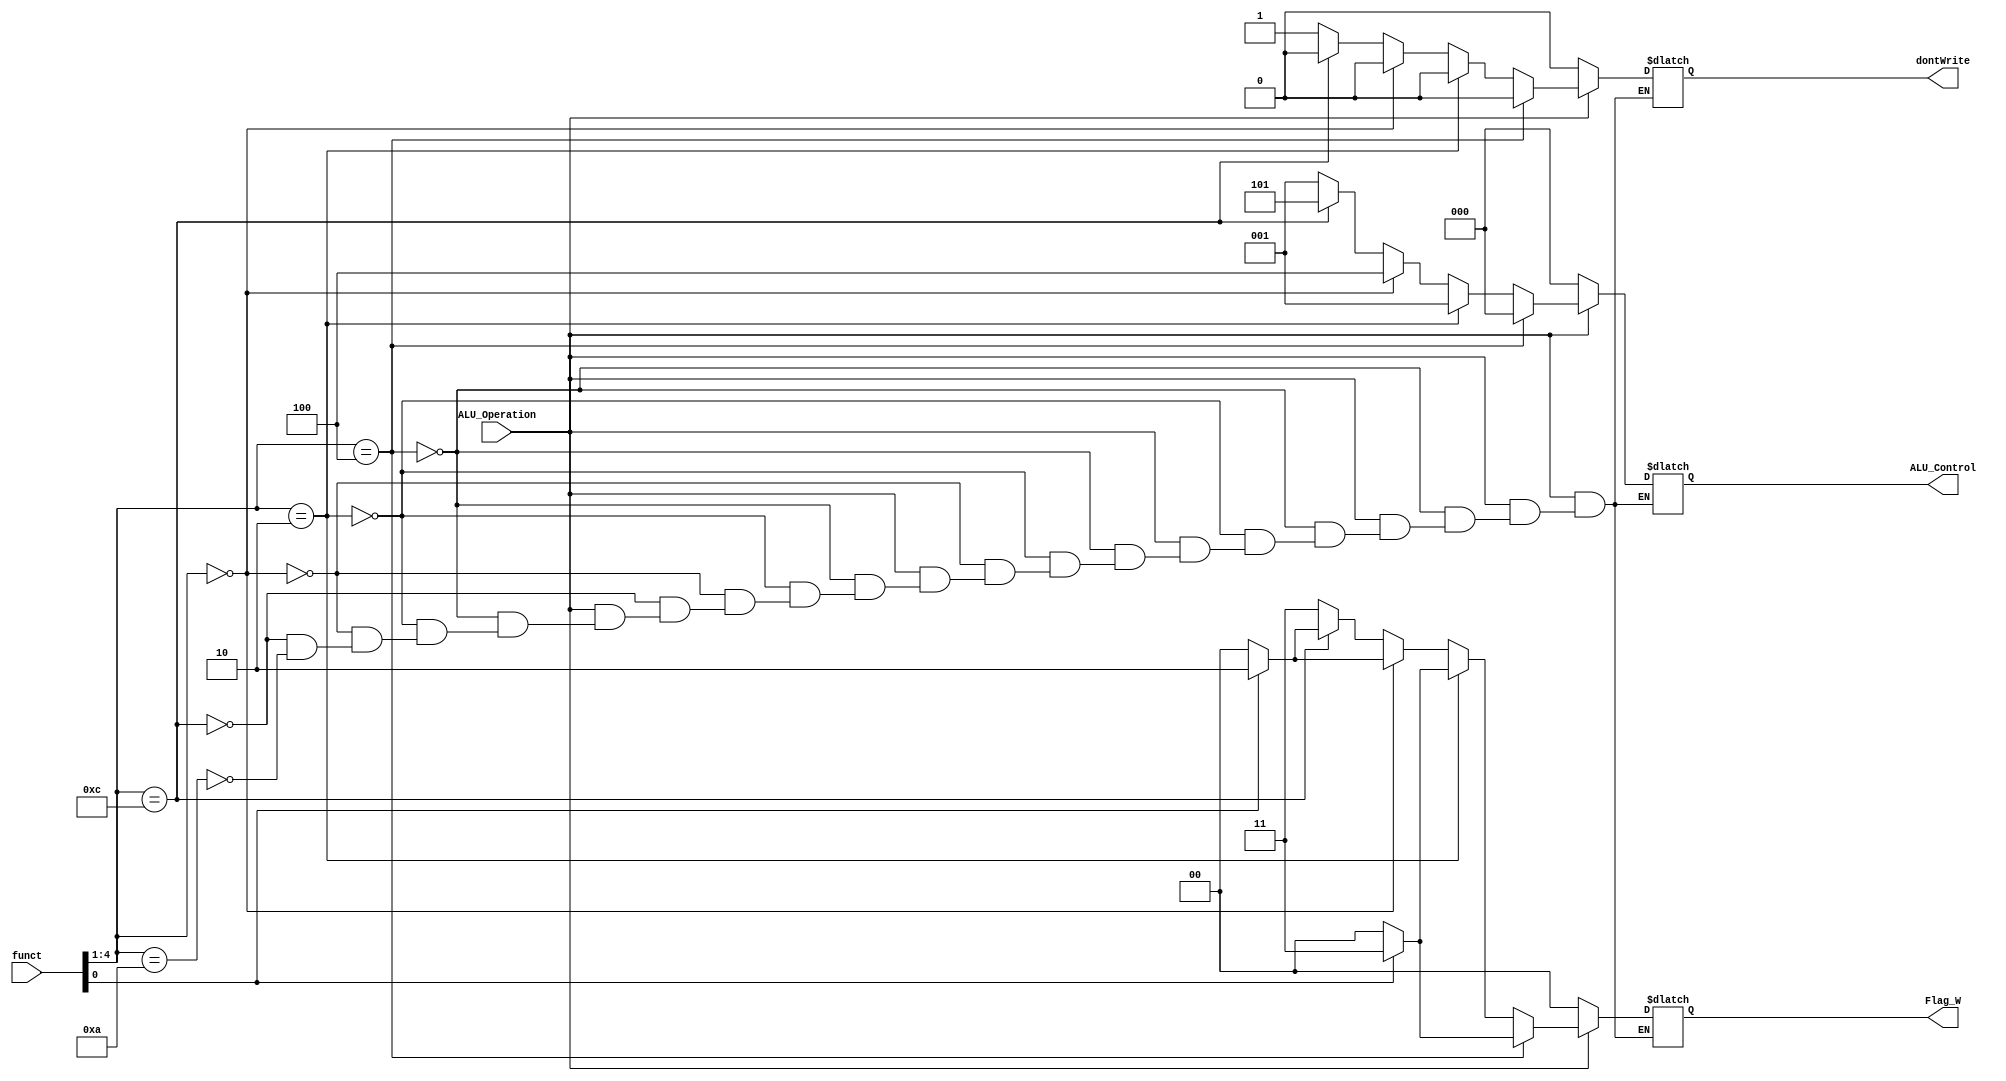
//Mustafa Destegl
//2109973

module ALU_DECODER(funct, ALU_Operation, ALU_Control, Flag_W, dontWrite);
	
	
	input [4:0] funct;
	input 		ALU_Operation;
	output reg [2:0] 	ALU_Control;
	output reg [1:0] 	Flag_W;
	output reg 			dontWrite;

	
	always @ (funct or ALU_Operation)  // if any changes in function or ALU_Operation 
	begin
		if(!ALU_Operation) begin
			ALU_Control = 3'b000;
			dontWrite = 0;
			Flag_W = 2'b00;
		end else begin
			
			if(funct[4:1] == 4'b0100) begin //ADD OPERATION
				ALU_Control = 3'b000;
				dontWrite = 0;
				Flag_W = funct[0] ? 2'b11 : 2'b00;
			
			end else if(funct[4:1] == 4'b0010) begin//SUB OPERATION
				ALU_Control = 3'b001;
				dontWrite = 0;
				Flag_W = funct[0] ? 2'b11 : 2'b00;
			
			end else if(funct[4:1] == 4'b0000) begin //AND OPERATION
				ALU_Control = 3'b100;
				dontWrite = 0;
				Flag_W = funct[0] ? 2'b10 : 2'b00;
			
			end else if(funct[4:1] == 4'b1100) begin //ORR OPERATION
				ALU_Control = 3'b101;
				dontWrite = 0;
				Flag_W = funct[0] ? 2'b10 : 2'b00;
			
			end else if(funct[4:1] == 4'b1010) begin //CMP OPERATION
				ALU_Control = 3'b001;
				dontWrite = 1;
				Flag_W = 2'b11;
			end
		end
	end	
endmodule